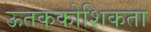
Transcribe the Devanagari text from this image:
ऊतककोशिकता